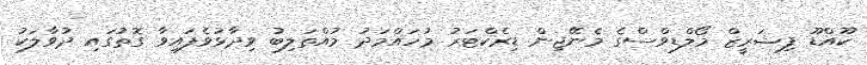
ކޫއްޑޫ ފިޝަރީޒް މޯލްޑިވްސްގެ މެނޭޖިން ޑިރެކްޓަރު މުހައްމަދު މުއްތަލިބު ވިދާޅުވެފައިވާ ގޮތުގައި ދުވާލަކު